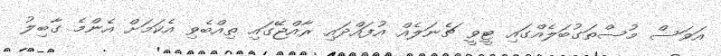
އަވަސް މުސްތަގުބަލެއްގައި ޓީވީ ޗެނަލެއް އުފައްދައި ރާއްޖޭގައި ތިއްބެވި އެކަމަށް އެންމެ ގާބިލު